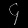
Digit: ၄